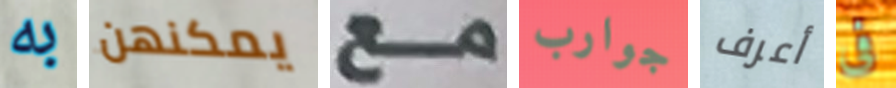
به يمكنهن مع جوارب أعرف فى